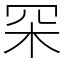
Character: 罙